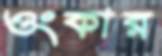
ওংকার